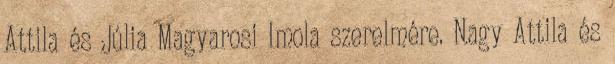
Attila és Júlia Magyarosi Imola szerelmére. Nagy Attila és